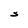
Character: S